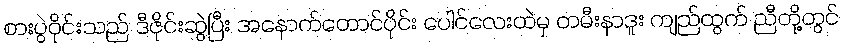
စားပွဲဝိုင်းသည် ဒီဇိုင်းဆွဲပြီး အနောက်တောင်ပိုင်း ပေါင်လေးထဲမှ တမီးနာဒူး ကျည်ထွက် ညီတို့တွင်